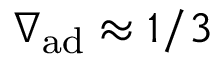
\nabla _ { \mathrm { a d } } \approx 1 / 3